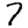
Digit: 7